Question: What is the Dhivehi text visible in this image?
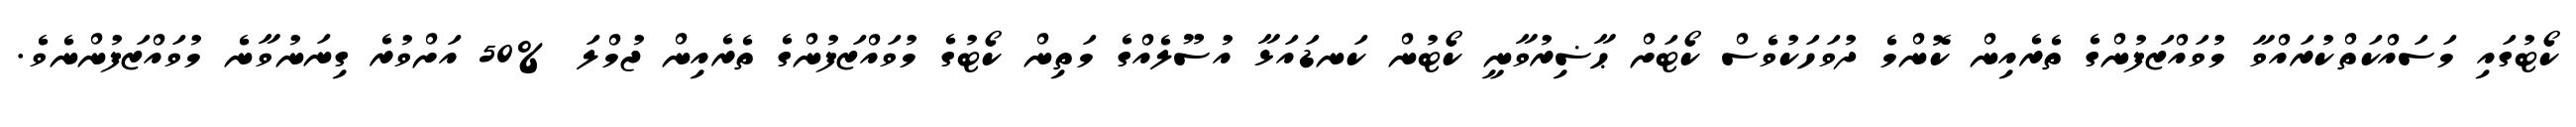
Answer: ކޯޓުގައި މަސައްކަތްކުރައްވާ މުވައްޒަފުންގެ ތެރެއިން ކޮންމެ ދުވަހަކުވެސް ކޯޓަށް ޙާޟިރުވާނީ ކޯޓުން ކަނޑައަޅާ އުސޫލެއްގެ މަތިން ކޯޓުގެ މުވައްޒަފުންގެ ތެރެއިން ޖުމްލަ %50 އަށްވުރެ ގިނަނުވާނެ މުވައްޒަފުންނެވެ.